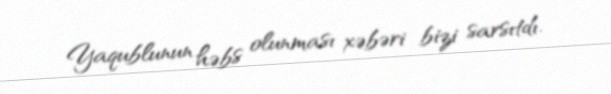
Yaqublunun həbs olunması xəbəri bizi sarsıtdı.